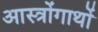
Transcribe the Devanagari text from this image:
आस्त्रोंगाथों